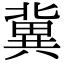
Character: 冀